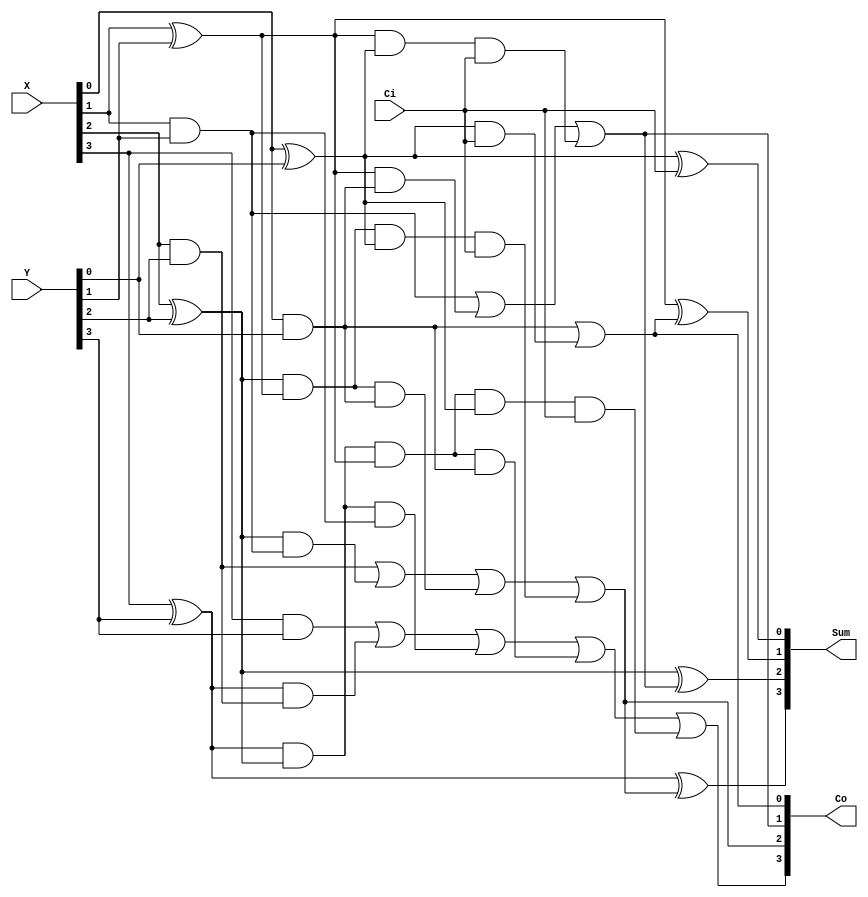
//Carry look ahead adder module-4bits(CLA 4 bits)
//thuat toan lam giam thoi gian truyen delay vi co nho ngo ra Co khong bi phu thuoc vao co nho ngo vao Ci truoc do nhu thong thuong
//ma ta tinh truc tiep tu 2 so ngo vao 
//Phep tinh X+Y
module CLA(X, Y, Ci, Co, Sum);
	input [3:0] X, Y; //ngo vao hai so 4 bits
	input Ci; //co nho ngo vao
	output [3:0] Sum;//ngo ra 4 bits
	output [3:0] Co; //co nho ngo ra
	wire [3:0] Pi, Gi; //lan luot la carry propagate va carry generate
	//reg [3:0] i; //bien dem bit thu i
	//wire [1:0] selec; //bien lua chon trong bo mux4to1
	
	
	//tinh gia tri tai Sum[0]
	xor xor1(Pi[0], X[0], Y[0]);
	and and1(Gi[0], X[0], Y[0]);
	and and2(temp1, Pi[0], Ci); 
	or or1(Co[0], Gi[0], temp1);
	xor xor2(Sum[0], Pi[0], Ci);
	
	
	/*assign Pi[0]<=X[0]^Y[0];
	assign Gi[0]<=X[0]&Y[0];
	assign Co[1]<=Gi[0] | Pi[0]&Ci;
	assign Sum[0] =Pi[0]^Ci;*/
	
	//tinh gia tri tai Sum[1]
	xor xor3(Pi[1], X[1], Y[1]);
	and and3(Gi[1], X[1], Y[1]);
	and and4(temp2, Pi[1], Gi[0]);
	and and5(temp3, Pi[1], Pi[0], Ci);
	or or2(Co[1], Gi[1], temp2, temp3);
	xor xor4(Sum[1], Pi[1], Co[0]);
	
	/*
	//tinh gia tri tai Sum[1]
	assign Pi[1]<=X[1]^Y[1];
	assign Gi[1]<=X[1]&Y[1];
	assign Co[2]<=Gi[1]| Pi[1]&Gi[0] | Pi[1]&Pi[0]&Ci;
	assign Sum[1] =Pi[1]^Co[1];*/
	
	
	//tinh gia tri tai Sum[2]
	xor xor5(Pi[2], X[2], Y[2]);
	and and6(Gi[2], X[2], Y[2]);
	and and7(temp4, Pi[2], Gi[1]);
	and and8(temp5, Pi[2], Pi[1], Gi[0]);
	and and9(temp6, Pi[2], Pi[1], Pi[0], Ci);
	or or3(Co[2], Gi[2], temp4, temp5, temp6);
	xor xor6(Sum[2], Pi[2], Co[1]);
	
	
	/*
	//tinh gia tri tai Sum[2]
	assign Pi[2]<=X[2]^Y[2];
	assign Gi[2]<=X[2]&Y[2];
	assign Co[3]<=Gi[2]+Pi[2]&Gi[1] | Pi[2]&Pi[1]&Gi[0] | Pi[2]&Pi[1]&Pi[0]&Ci;
	assign Sum[2] =Pi[2]^Co[2];*/
	
	
	//tinh gia tri tai Sum[3]
	xor xor7(Pi[3], X[3], Y[3]);
	and and10(Gi[3], X[3], Y[3]);
	and and11(temp7, Pi[3], Gi[2]);
	and and12(temp8, Pi[3], Pi[2], Gi[1]);
	and and13(temp9, Pi[3], Pi[2], Pi[1], Gi[0]);
	and and14(temp10,Pi[3], Pi[2], Pi[1], Pi[0], Ci);
	or or4(Co[3], Gi[3], temp7, temp8, temp9, temp10);
	xor xor8(Sum[3], Pi[3], Co[2]);
	
	/*
	//tinh gia tri tai Sum[3]
	assign Pi[3]<=X[3^Y[3];
	assign Gi[3]<=X[3]&Y[3;
	assign Co[4]<=Gi[3]| Pi[3]&Gi[2] | Pi[3]&Pi[2]&Gi[1] | Pi[3]&Pi[2]&Pi[1]&Gi[0] | Pi[3]&Pi[2]&Pi[1]&Pi[0]&Ci;
	assign Sum[3] =Pi[3]^Co[3];*/
	
endmodule